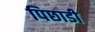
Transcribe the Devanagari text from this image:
पिछाडी